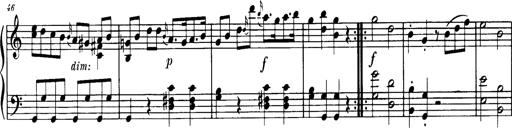
Title: Sonatine in C
Composer: Anton Eberl
Key: C major